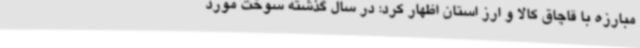
مبارزه با قاچاق کالا و ارز استان اظهار کرد: در سال گذشته سوخت مورد